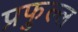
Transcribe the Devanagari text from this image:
प्रफुल्‍ल